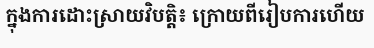
ក្នុងការដោះស្រាយវិបត្តិ៖ ក្រោយពីរៀបការហើយ